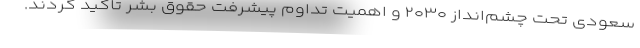
سعودی تحت چشم‌انداز ۲۰۳۰ و اهمیت تداوم پیشرفت حقوق بشر تاکید کردند.